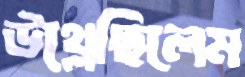
উথ্‌লেছিলেম